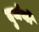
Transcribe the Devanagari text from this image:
दुर्जयो